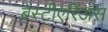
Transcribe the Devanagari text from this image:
बेस्टीएरिअस